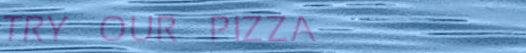
TRY OUR PIZZA